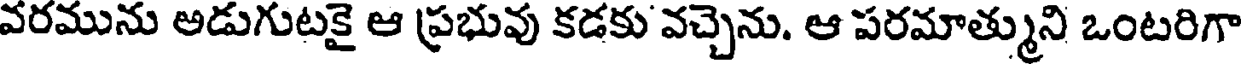
వరమును అడుగుటకై ఆ ప్రభువు కడకు వచ్చెను. ఆ పరమాత్ముని ఒంటరిగా